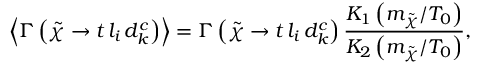
\left\langle \Gamma \left( \tilde { \chi } \rightarrow t \, l _ { i } \, d _ { k } ^ { c } \right) \right\rangle = \Gamma \left( \tilde { \chi } \rightarrow t \, l _ { i } \, d _ { k } ^ { c } \right) \frac { K _ { 1 } \left( m _ { \tilde { \chi } } / T _ { 0 } \right) } { K _ { 2 } \left( m _ { \tilde { \chi } } / T _ { 0 } \right) } ,